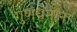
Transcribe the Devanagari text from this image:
गुणधर्मांना